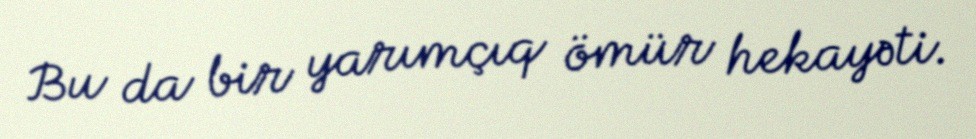
Bu da bir yarımçıq ömür hekayəti.